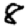
Digit: 8